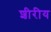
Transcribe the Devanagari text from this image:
शीरीय